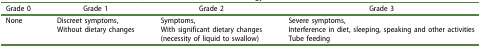
<table><thead><tr><td><b>Grade 0</b></td><td><b>Grade 1</b></td><td><b>Grade 2</b></td><td><b>Grade 3</b></td></tr></thead><tbody><tr><td>None</td><td>Discreet symptoms,</td><td>Symptoms,</td><td>Severe symptoms,</td></tr><tr><td> </td><td>Without dietary changes</td><td>With significant dietary changes</td><td>Interference in diet, sleeping, speaking and other activities</td></tr><tr><td> </td><td> </td><td>(necessity of liquid to swallow)</td><td>Tube feeding</td></tr></tbody></table>